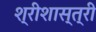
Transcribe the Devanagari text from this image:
श्रीशास्त्री